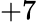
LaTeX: +7